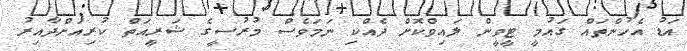
އަޑު އެހުންތައް ގައުމީ ޓީވީން ލައިވްކޮށް ދެއްކި ނަމަވެސް މުރުސީގެ ޝަރީއަތް ކުރިއަށްދާއިރު